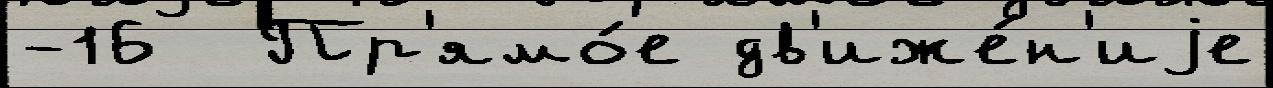
-16  Пр'ямо́е дв'иже́н'иjе